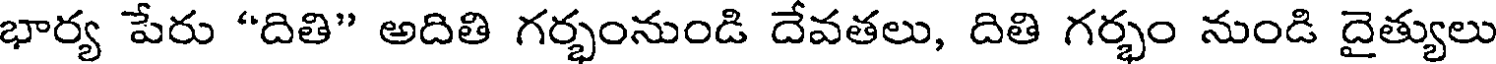
భార్య పేరు "దితి" అదితి గర్భంనుండి దేవతలు, దితి గర్భం నుండి దైత్యులు